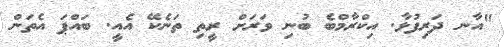
"އާނ ދަރިފުޅާ. އިކްރާމްބެ ބުނި ވަރަށް ރީތި ތަނެކޭ އެއީ. ބައްޕަ އެތަން